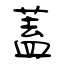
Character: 蓋